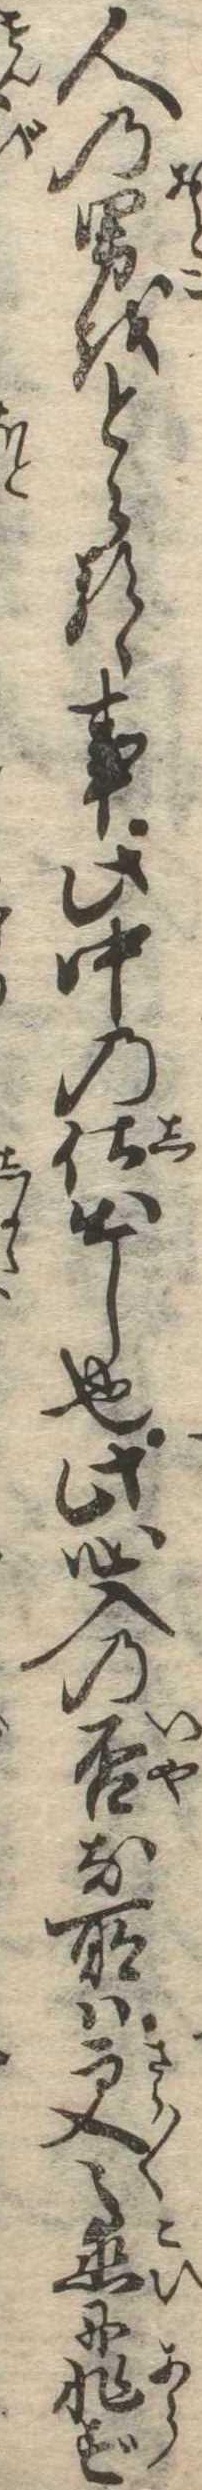
人の男をとらるゝ事此中の仕出し也此心入の否な所は更恋に非ず